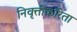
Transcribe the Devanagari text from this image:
निवृत्तीकरिता